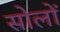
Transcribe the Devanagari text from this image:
सोलों